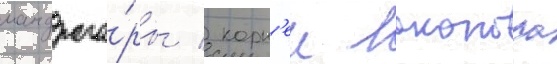
мандраго́ры / корн'еи лаконоса